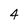
Character: 4